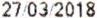
27/03/2018